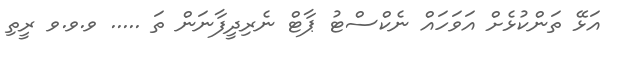
އަޅޭ ތަންކުޅެށް އަވަހައް ނެކްސްޓު ޕާޓް ނެރިދީފާނަން ތަ ..... ވ.ވ.ވ ރީތި